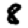
Digit: 8